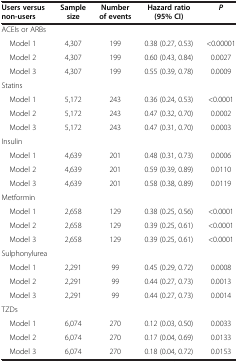
<table><thead><tr><td><b>Users versus non-users</b></td><td><b>Sample size</b></td><td><b>Number of events</b></td><td><b>Hazard ratio (95% CI)</b></td><td><b><i>P</i></b></td></tr></thead><tbody><tr><td>ACEIs or ARBs</td><td> </td><td> </td><td> </td><td> </td></tr><tr><td> Model 1</td><td>4,307</td><td>199</td><td>0.38 (0.27, 0.53)</td><td>&lt;0.00001</td></tr><tr><td> Model 2</td><td>4,307</td><td>199</td><td>0.60 (0.43, 0.84)</td><td>0.0027</td></tr><tr><td> Model 3</td><td>4,307</td><td>199</td><td>0.55 (0.39, 0.78)</td><td>0.0009</td></tr><tr><td>Statins</td><td> </td><td> </td><td> </td><td> </td></tr><tr><td> Model 1</td><td>5,172</td><td>243</td><td>0.36 (0.24, 0.53)</td><td>&lt;0.0001</td></tr><tr><td> Model 2</td><td>5,172</td><td>243</td><td>0.47 (0.32, 0.70)</td><td>0.0002</td></tr><tr><td> Model 3</td><td>5,172</td><td>243</td><td>0.47 (0.31, 0.70)</td><td>0.0003</td></tr><tr><td>Insulin</td><td> </td><td> </td><td> </td><td> </td></tr><tr><td> Model 1</td><td>4,639</td><td>201</td><td>0.48 (0.31, 0.73)</td><td>0.0006</td></tr><tr><td> Model 2</td><td>4,639</td><td>201</td><td>0.59 (0.39, 0.89)</td><td>0.0110</td></tr><tr><td> Model 3</td><td>4,639</td><td>201</td><td>0.58 (0.38, 0.89)</td><td>0.0119</td></tr><tr><td>Metformin</td><td> </td><td> </td><td> </td><td> </td></tr><tr><td> Model 1</td><td>2,658</td><td>129</td><td>0.38 (0.25, 0.56)</td><td>&lt;0.0001</td></tr><tr><td> Model 2</td><td>2,658</td><td>129</td><td>0.39 (0.25, 0.61)</td><td>&lt;0.0001</td></tr><tr><td> Model 3</td><td>2,658</td><td>129</td><td>0.39 (0.25, 0.61)</td><td>&lt;0.0001</td></tr><tr><td>Sulphonylurea</td><td> </td><td> </td><td> </td><td> </td></tr><tr><td> Model 1</td><td>2,291</td><td>99</td><td>0.45 (0.29, 0.72)</td><td>0.0008</td></tr><tr><td> Model 2</td><td>2,291</td><td>99</td><td>0.44 (0.27, 0.73)</td><td>0.0013</td></tr><tr><td> Model 3</td><td>2,291</td><td>99</td><td>0.44 (0.27, 0.73)</td><td>0.0014</td></tr><tr><td>TZDs</td><td> </td><td> </td><td> </td><td> </td></tr><tr><td> Model 1</td><td>6,074</td><td>270</td><td>0.12 (0.03, 0.50)</td><td>0.0033</td></tr><tr><td> Model 2</td><td>6,074</td><td>270</td><td>0.17 (0.04, 0.69)</td><td>0.0133</td></tr><tr><td> Model 3</td><td>6,074</td><td>270</td><td>0.18 (0.04, 0.72)</td><td>0.0153</td></tr></tbody></table>